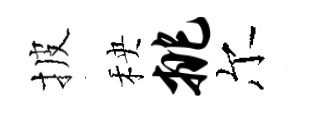
披秧挑尔